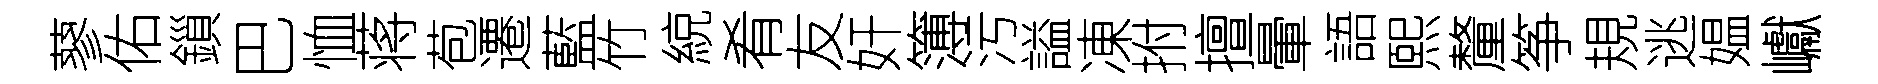
蓼佑鎻巴恤蒋苞遷藍竹綂肴友奸簿污謚凍拊擅暈語熙釐筝規逃媪巘